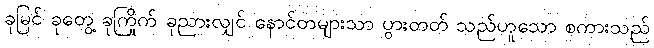
ခုမြင် ခုတွေ့ ခုကြိုက် ခုညားလျှင် နောင်တများသာ ပွားတတ် သည်ဟူသော စကားသည်